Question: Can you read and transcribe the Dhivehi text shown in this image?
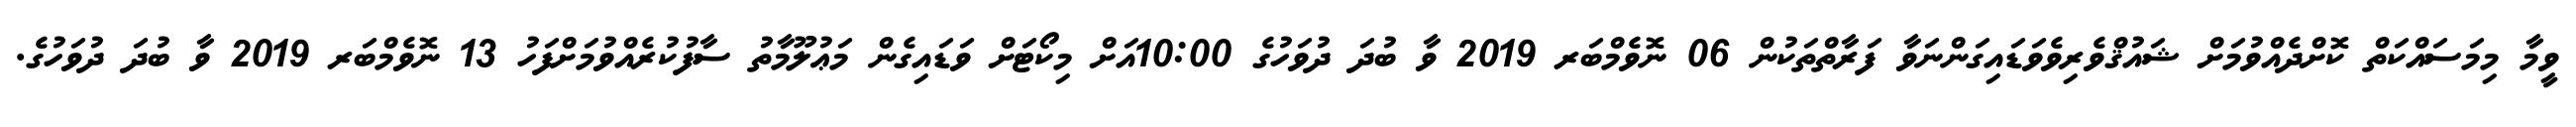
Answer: ވީމާ މިމަސައްކަތް ކޮށްދެއްވުމަށް ޝައުޤްވެރިވެވަޑައިގަންނަވާ ފަރާތްތަކުން 06 ނޮވެމްބަރ 2019 ވާ ބުދަ ދުވަހުގެ 10:00އަށް މިކޯޓަށް ވަޑައިގެން މަޢުލޫމާތު ސާފުކުރެއްވުމަށްފަހު 13 ނޮވެމްބަރ 2019 ވާ ބުދަ ދުވަހުގެ.